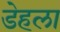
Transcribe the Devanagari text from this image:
डेहला